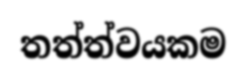
තත්ත්වයකම